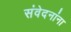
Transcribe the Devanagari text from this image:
संवेदनांना